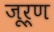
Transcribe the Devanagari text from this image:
जूर्ण